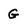
Character: G